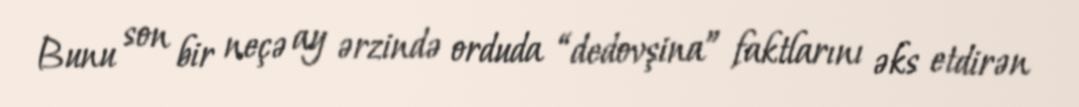
Bunu son bir neçə ay ərzində orduda “dedovşina” faktlarını əks etdirən